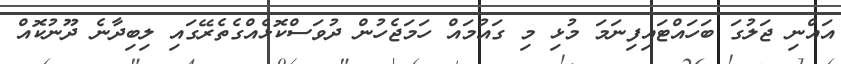
އައްނި ޖަލުގަ ބަހައްޓައިފިނަމަ މުޅި މި ގައުމައް ހަމަޖެހުން ދުވަސްކޮޅެއްގެތެރޭގައި ލިބިދާނެ ދޫނުކޮއް